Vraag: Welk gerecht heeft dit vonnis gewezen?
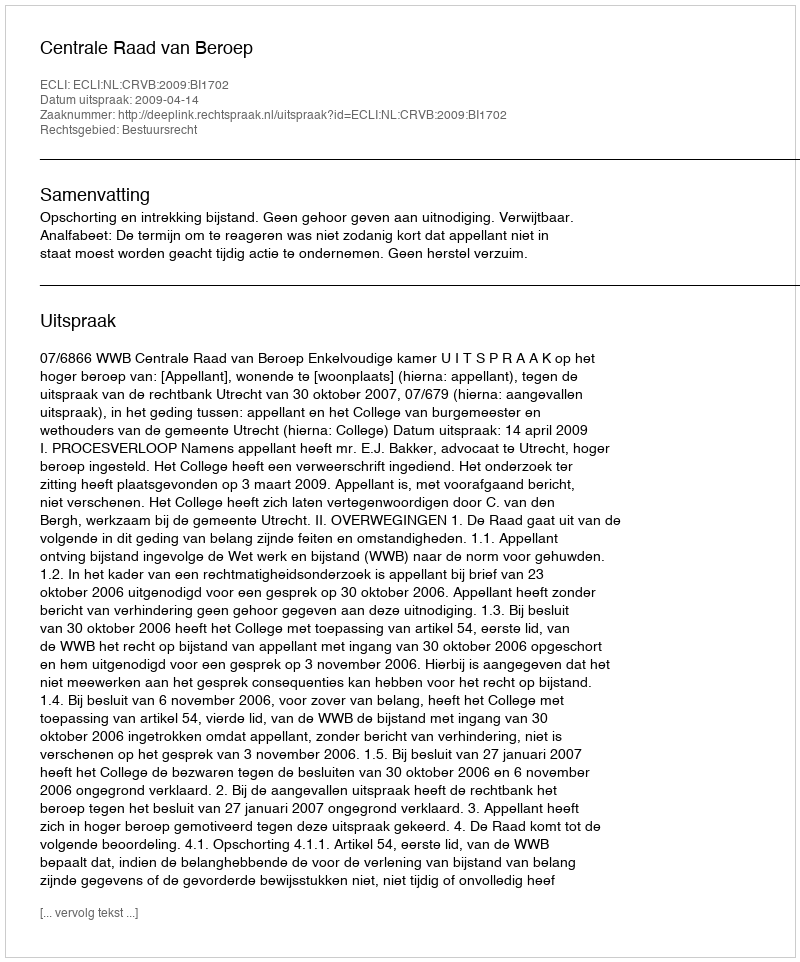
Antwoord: Centrale Raad van Beroep